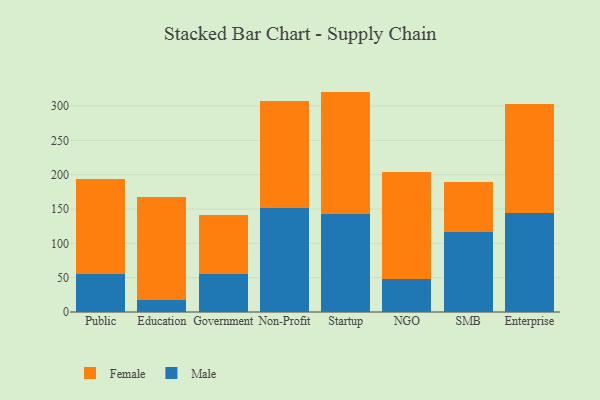
{"axis": {"x": "Segment", "y": "Churn Rate (%)"}, "legend": ["Female", "Male"], "data": [{"x": "Public", "y": 55.9, "type": "Male"}, {"x": "Public", "y": 138.1, "type": "Female"}, {"x": "Education", "y": 16.9, "type": "Male"}, {"x": "Education", "y": 150.6, "type": "Female"}, {"x": "Government", "y": 55.2, "type": "Male"}, {"x": "Government", "y": 86.2, "type": "Female"}, {"x": "Non-Profit", "y": 151.6, "type": "Male"}, {"x": "Non-Profit", "y": 156.4, "type": "Female"}, {"x": "Startup", "y": 143.2, "type": "Male"}, {"x": "Startup", "y": 177.9, "type": "Female"}, {"x": "NGO", "y": 47.7, "type": "Male"}, {"x": "NGO", "y": 156.0, "type": "Female"}, {"x": "SMB", "y": 117.2, "type": "Male"}, {"x": "SMB", "y": 72.9, "type": "Female"}, {"x": "Enterprise", "y": 144.8, "type": "Male"}, {"x": "Enterprise", "y": 158.2, "type": "Female"}]}